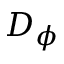
D _ { \phi }